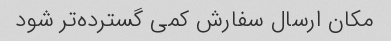
مکان ارسال سفارش کمی گسترده‌تر شود